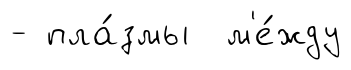
- пла́змы м'е́жду